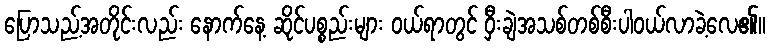
ပြောသည့်အတိုင်းလည်း နောက်နေ့ ဆိုင်ပစ္စည်းများ ဝယ်ရာတွင် ဝှီးချဲအသစ်တစ်စီးပါဝယ်လာခဲ့လေ၏။